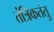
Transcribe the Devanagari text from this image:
तंत्रिकतंतु